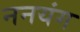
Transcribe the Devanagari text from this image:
ननयंग